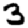
Digit: 3